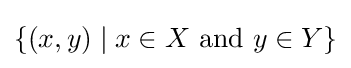
\{(x,y)\mid x\in X{\text{ and }}y\in Y\}